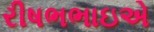
રીષભભાઇએ